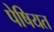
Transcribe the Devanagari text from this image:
पेषियत